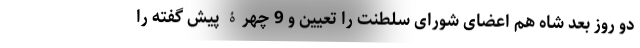
دو روز بعد شاه هم اعضای شورای سلطنت را تعیین و 9 چهرۀ پیش گفته را